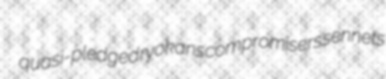
quasi-pledged ryokans compromisers sennets